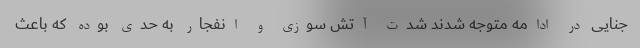
جنایی در ادامه متوجه شدند شدت آتش سوزی و انفجار به حدی بوده که باعث